Report of the Municipal Commissioner on the plague in Bombay for the year ending 31st May... - Volume 2
Disease focus: Plague
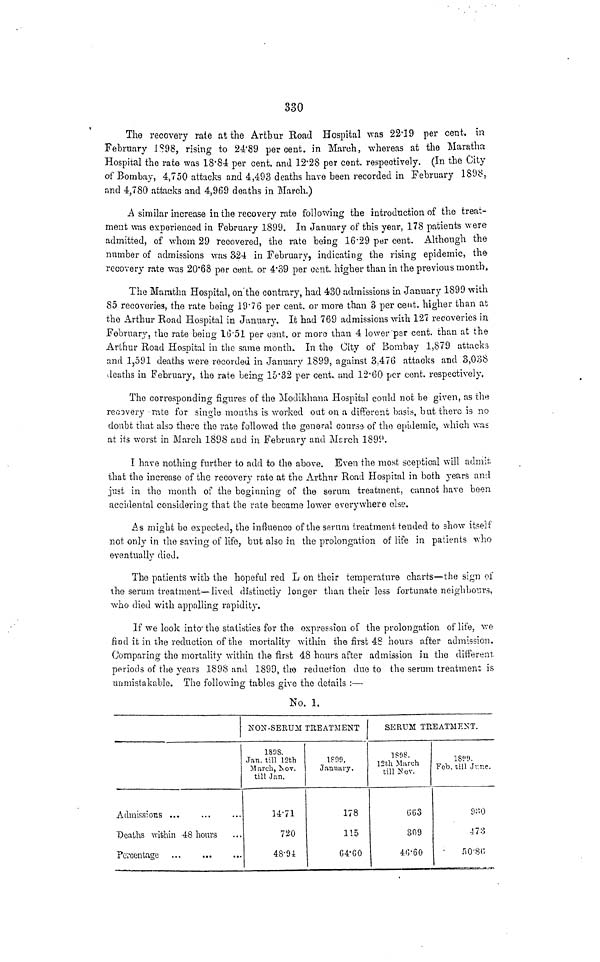
330
The recovery rate at the Arthur Road Hospital was 22.19 per cent. in
February 1898, rising to 24.89 per cent. in March, whereas at the Maratha
Hospital the rate was 18.84: per cent. and 12.28 per cent. respectively. (In the City
of Bombay, 4,750 attacks and 4,493 deaths have been recorded in February 1898,
and 4,780 attacks and 4,969 deaths in March.)
À similar increase in the recovery rate following the introduction of the treat-
ment was experienced in February 1899. In January of this year, 178 patients were
admitted, of whom 29 recovered, the rate being 16.29 per cent. Although the
number of admissions was 324 in February, indicating the rising epidemic, the-
recovery rate was 20.68 per cent. or 4.39 per cent. higher than in the previous month.
The Maratha Hospital, on the contrary, had 430 admissions in January 1899 with
85 recoveries, the rate being 19.76 per cent. or more than 3 per cent. higher than at
the Arthur Road Hospital in January. It had 769 admissions with 127 recoveries in
February, the rate being 16.51 per cent. or more than 4 lower per cent. than at the
Arthur Road Hospital in the same month. In the City of Bombay 1,879 attacks
and 1,591 deaths were recorded in January 1899, against 3,476 attacks and 8,088
deaths in February, the rate being 15.32 per cent. and 12.60 per cent. respectively.
The corresponding figures of the Modikhana Hospital could not be given, as the
recovery rate for single months is worked out on a different basis, but there is no
doubt that also there the rate followed the general cours. of the epidemic, which was
at its worst in March 1898 and in February and March 1899.
I have nothing further to add to the above. Even the most sceptical will admit;
that the increase of the recovery rate at the Arthur Road Hospital in both years and
just in the month of the beginning of the serum treatment, cannot have been
accidental considering that the rate became lower everywhere else.
As might bo expected, the influence of the serum treatment tended to show itself
not only in the saving of life, but also in the prolongation of life in patients who
eventually died.
The patients with the hopeful red L on their temperature charts—the sign of
the serum treatment—lived distinctly longer than their less fortunate neighbours,
who died with appalling rapidity.
If we look into the statistics for the expression of the prolongation of life, we
find it in the reduction of the mortality within the first 48 hours after admission.
Comparing the mortality within the first 48 hours after admission in the different.
periods of the years 1898 and 1899, the reduction due to the serum treatment is
unmistakable The following tables give the details :—
No. 1.
Admissions ...
Deaths within 48 hours
Percentage
NON-SERUM TREATMENT
1808.
Jan. till 12th
March, Nov.
till Jan.
1471
720
48.94
1899
January.
178
115
G4.G0
SERUM TREATMENT.
1898.
12th March
till Nov.
Gü3
309
40.60
1899
Feb. till June.
473
50.86